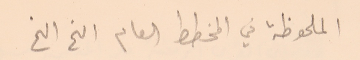
الملحوظة في المخطط العام الخ الخ